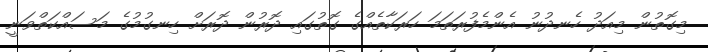
މިގޮތުން މިއަދު ހެނދުނު އެންމެފުރަތަމަ ހަރަކާތެއްގެ ގޮތުގައި ދޮރުން ދޮރަށް ހިނގުމުގެ މަސައްކަތްވަނީ